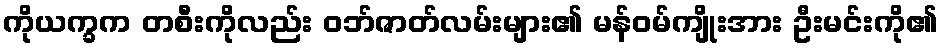
ကိုယက္ခက တစီးကိုလည်း ဝဘ်ဇာတ်လမ်းများ၏ မန်ဝမ်ကျိုးအား ဦးမင်းကို၏